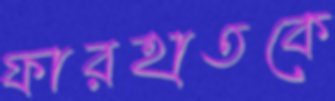
ফারহাতকে